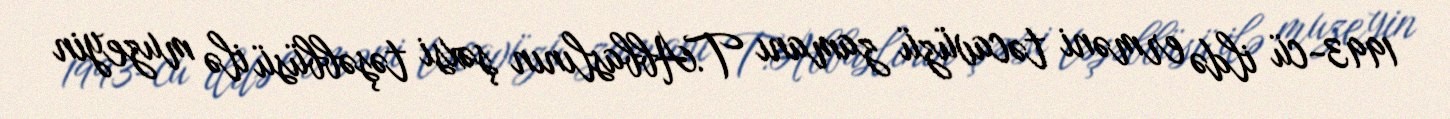
1993-cü ildə erməni təcavüzü zamanı T.Abbaslının şəxsi təşəbbüsü ilə muzeyin